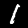
Digit: 1